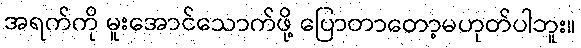
အရက်ကို မူးအောင်သောက်ဖို့ ပြောတာတော့မဟုတ်ပါဘူး။